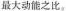
最大动能之比。